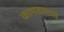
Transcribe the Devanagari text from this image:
कापडामध्ये